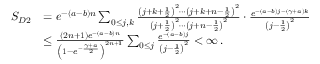
\begin{array} { r l } { S _ { D 2 } } & { = e ^ { - ( a - b ) n } \sum _ { 0 \le j , k } \frac { \left( j + k + \frac { 1 } { 2 } \right) ^ { 2 } \cdots \left( j + k + n - \frac { 1 } { 2 } \right) ^ { 2 } } { \left( j + \frac { 1 } { 2 } \right) ^ { 2 } \cdots \left( j + n - \frac { 1 } { 2 } \right) ^ { 2 } } \cdot \frac { e ^ { - ( a - b ) j - ( \gamma + a ) k } } { \left( j - \frac { 1 } { 2 } \right) ^ { 2 } } } \\ & { \le \frac { ( 2 n + 1 ) e ^ { - ( a - b ) n } } { \left( 1 - e ^ { - \frac { \gamma + a } { 2 } } \right) ^ { 2 n + 1 } } \sum _ { 0 \le j } \frac { e ^ { - ( a - b ) j } } { \left( j - \frac { 1 } { 2 } \right) ^ { 2 } } < \infty \, . } \end{array}